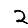
Digit: 2